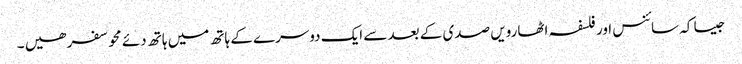
جیسا کہ سائنس اور فلسفہ اٹھارویں صدی کے بعد سے ایک دوسرے کے ہاتھ میں ہاتھ دئے محو سفر ھیں ۔